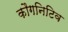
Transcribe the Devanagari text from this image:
कौगनिटिव